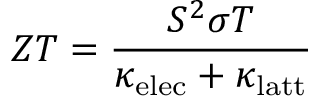
Z T = \frac { S ^ { 2 } \sigma T } { \kappa _ { \mathrm { e l e c } } + \kappa _ { \mathrm { l a t t } } }